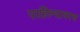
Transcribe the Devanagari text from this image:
पाहिल्यावरच